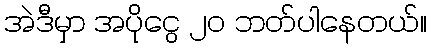
အဲဒီမှာ အပိုငွေ ၂၀ ဘတ်ပါနေတယ်။